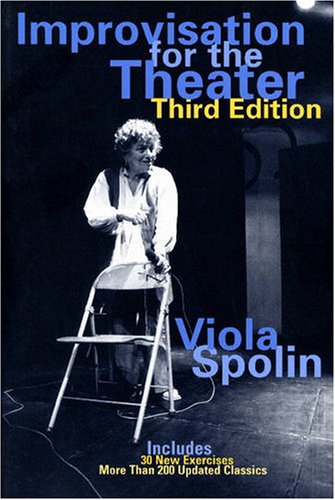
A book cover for Improvisation for the Theater: A Handbook of Teaching and Directing Techniques (Drama and Performance Studies); Viola Spolin; Humor & Entertainment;